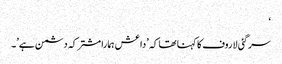
‘
سرگئی لاروف کا کہنا تھا کہ \’داعش ہمارا مشترکہ دشمن ہے\’۔